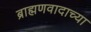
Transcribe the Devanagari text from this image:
ब्राह्मणवादाच्या